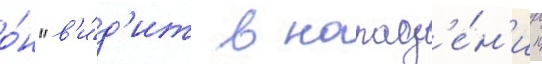
о́н "в'и́д'ит в напад'е́н'ии